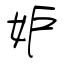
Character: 妒